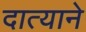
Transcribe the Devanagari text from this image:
दात्याने